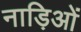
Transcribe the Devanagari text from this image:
नाड़िओं